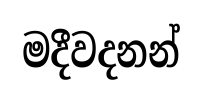
මදීවදනන්